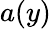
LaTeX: a(y)